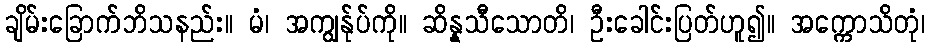
ချိမ်းခြောက်ဘိသနည်း။ မံ၊ အကျွန်ုပ်ကို။ ဆိန္နသီသောတိ၊ ဦးခေါင်းပြတ်ဟူ၍။ အက္ကောသိတုံ၊